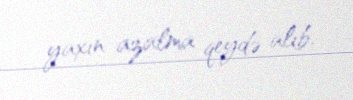
yaxın azalma qeydə alıb.